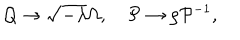
{ \cal Q } \rightarrow \sqrt { - \lambda } \Omega , \quad { \cal P } \rightarrow \rho { \cal P } ^ { - 1 } ,